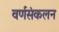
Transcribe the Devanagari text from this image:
वर्णसंकलन